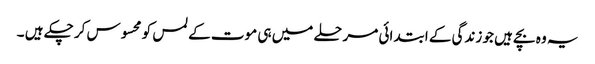
یہ وہ بچے ہیں جو زندگی کے ابتدائی مرحلے میں ہی موت کے لمس کو محسوس کر چکے ہیں ۔